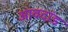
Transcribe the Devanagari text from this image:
आवदांड